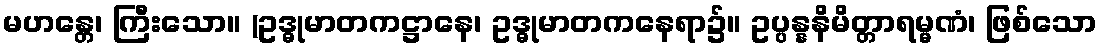
မဟန္တေ၊ ကြီးသော။ (ဥဒ္ဓုမာတကဋ္ဌာနေ၊ ဥဒ္ဓုမာတကနေရာ၌။ ဥပ္ပန္နနိမိတ္တာရမ္မဏံ၊ ဖြစ်သော